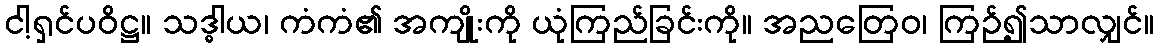
ငါ့ရှင်ပဝိဋ္ဌ။ သဒ္ဓါယ၊ ကံကံ၏ အကျိုးကို ယုံကြည်ခြင်းကို။ အညတြေဝ၊ ကြဉ်၍သာလျှင်။